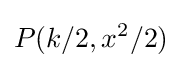
P(k/2,x^{2}/2)